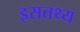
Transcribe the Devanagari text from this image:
इसतथ्य